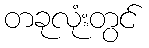
တခုလုံးတွင်